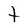
Character: t